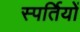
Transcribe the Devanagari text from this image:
स्पर्तियों